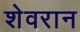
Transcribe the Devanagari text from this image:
शेवरान